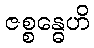
ဇစ္စန္ဓေဟိ